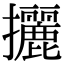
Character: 攦